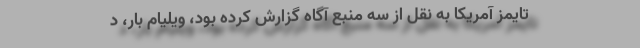
تایمز آمریکا به نقل از سه منبع آگاه گزارش کرده بود، ویلیام بار، د